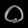
Digit: ၀